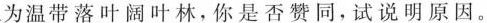
为温带落叶阔叶林，你是否赞同，试说明原因。